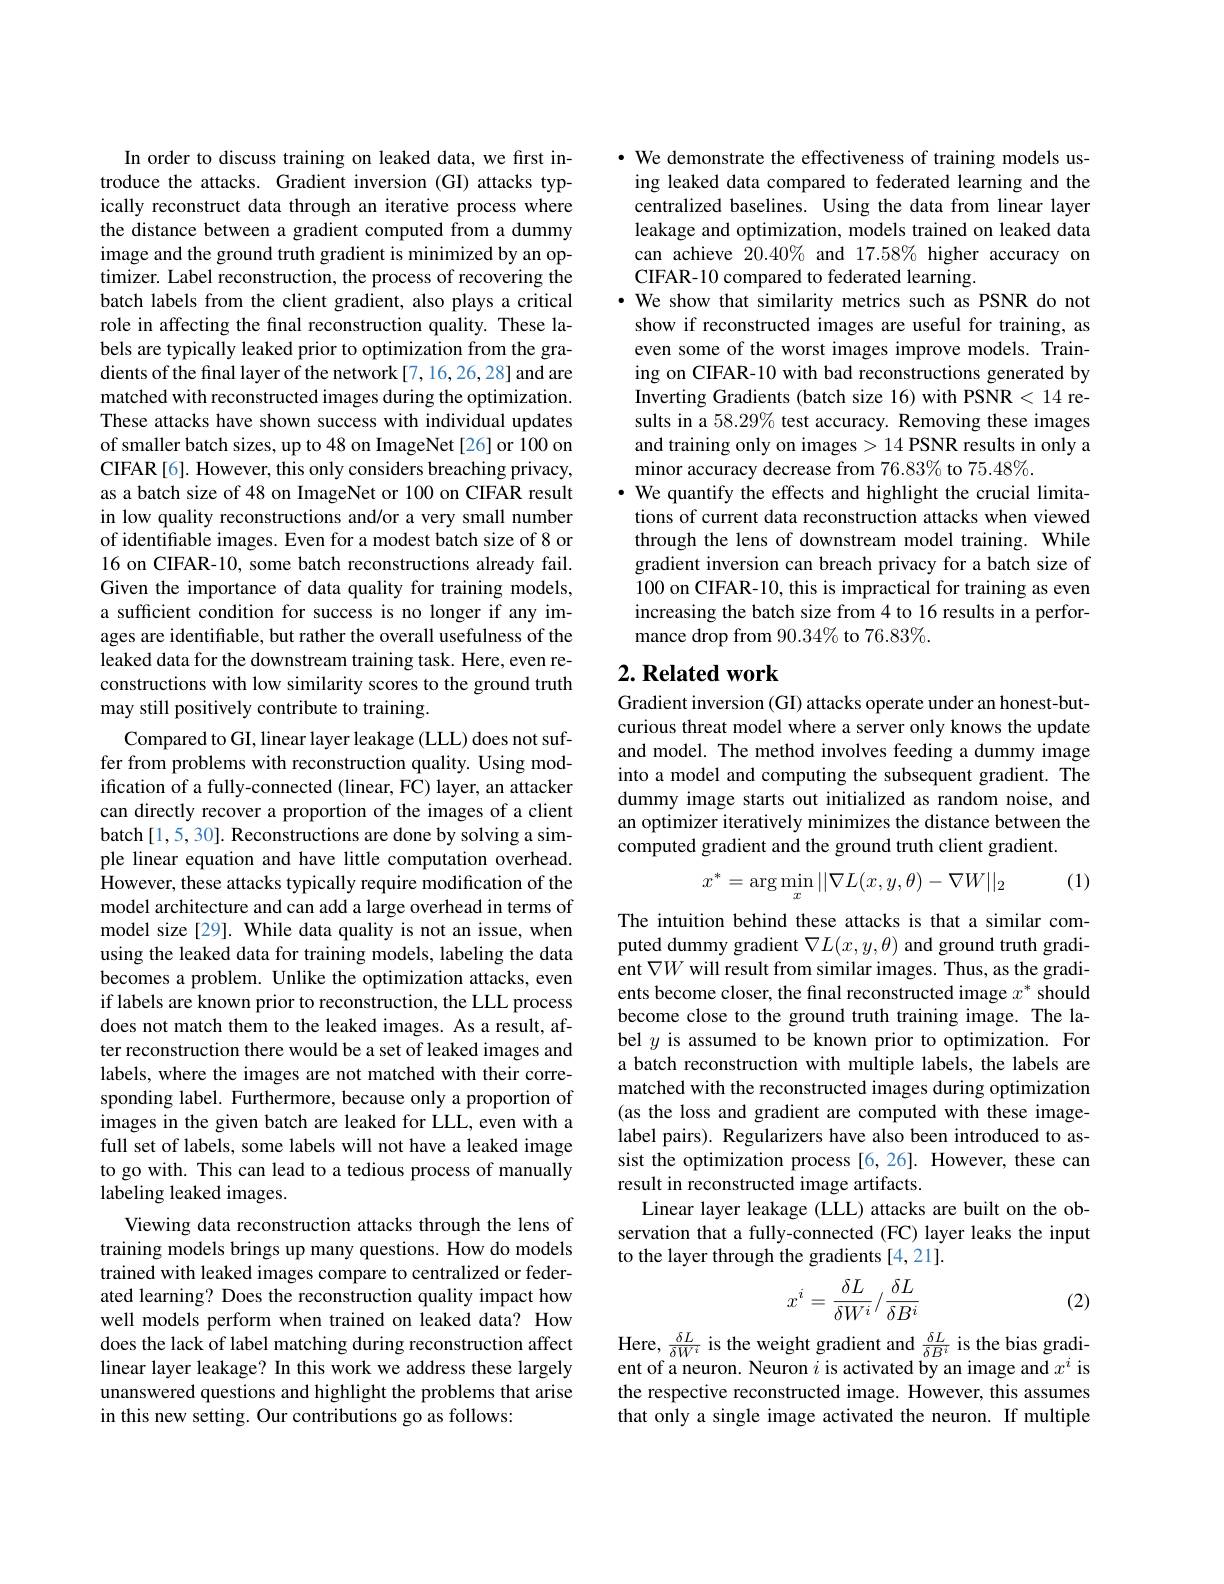
In order to discuss training on leaked data, we first introduce the attacks. Gradient inversion (GI) attacks typically reconstruct data through an iterative process where the distance between a gradient computed from a dummy image and the ground truth gradient is minimized by an optimizer. Label reconstruction, the process of recovering the batch labels from the client gradient, also plays a critical role in affecting the final reconstruction quality. These labels are typically leaked prior to optimization from the gradients of the final layer of the network [7, 16,26,28] and are matched with reconstructed images during the optimization. These attacks have shown success with individual updates of smaller batch sizes, up to 48 on ImageNet [26] or 100 on CIFAR[6]. However, this only considers breaching privacy, as a batch size of 48 on ImageNet or 100 on CIFAR result in low quality reconstructions and/or a very small number of identifiable images. Even for a modest batch size of 8 or 16 on CIFAR-10, some batch reconstructions already fail. Given the importance of data quality for training models, a sufficient condition for success is no longer if any images are identifiable, but rather the overall usefulness of the leaked data for the downstream training task. Here, even reconstructions with low similarity scores to the ground truth may still positively contribute to training.
Compared to GI, linear layer leakage (LLL) does not suffer from problems with reconstruction quality. Using modification of a fully-connected (linear, FC) layer, an attacker can directly recover a proportion of the images of a client batch [1,5,30]. Reconstructions are done by solving a simple linear equation and have little computation overhead. However, these attacks typically require modification of the model architecture and can add a large overhead in terms of model size[29]. While data quality is not an issue, when using the leaked data for training models, labeling the data becomes a problem. Unlike the optimization attacks, even if labels are known prior to reconstruction, the LLL process does not match them to the leaked images. As a result, after reconstruction there would be a set of leaked images and labels, where the images are not matched with their corresponding label. Furthermore, because only a proportion of images in the given batch are leaked for LLL, even with a full set of labels, some labels will not have a leaked image to go with. This can lead to a tedious process of manually labeling leaked images.
Viewing data reconstruction attacks through the lens of training models brings up many questions. How do models trained with leaked images compare to centralized or federated learning? Does the reconstruction quality impact how well models perform when trained on leaked data? How does the lack of label matching during reconstruction affect linear layer leakage? In this work we address these largely unanswered questions and highlight the problems that arise in this new setting. Our contributions go as follows:

· We demonstrate the effectiveness of training models using leaked data compared to federated learning and the centralized baselines. Using the data from linear layer leakage and optimization, models trained on leaked data can achieve 20.40% and 17.58% higher accuracy on CIFAR-10 compared to federated learning.
We show that similarity metrics such as PSNR do not show if reconstructed images are useful for training, as even some of the worst images improve models. Training on CIFAR-10 with bad reconstructions generated by Inverting Gradients (batch size 16) with PSNR < 14 results in a 58.29% test accuracy. Removing these images and training only on images > 14 PSNR results in only a minor accuracy decrease from 76.83% to 75.48%.
· We quantify the effects and highlight the crucial limitations of current data reconstruction attacks when viewed through the lens of downstream model training. While gradient inversion can breach privacy for a batch size of 100 on CIFAR-10, this is impractical for training as even increasing the batch size from 4 to 16 results in a performance drop from 90.34% to 76.83%.

## $2. \textbf{Related work}$

Gradient inversion (GI) attacks operate under an honest-butcurious threat model where a server only knows the update and model. The method involves feeding a dummy image into a model and computing the subsequent gradient. The dummy image starts out initialized as random noise, and an optimizer iteratively minimizes the distance between the computed gradient and the ground truth client gradient.

(1)
$$x^*=\arg\min_x||\nabla L(x,y,\theta)-\nabla W||_2$$
The intuition behind these attacks is that a similar computed dummy gradient $\nabla L(x,y,\theta)$ and ground truth gradient $\nabla W$ will result from similar images. Thus, as the gradients become closer, the final reconstructed image $x^*$ should become close to the ground truth training image. The label $y$ is assumed to be known prior to optimization. For a batch reconstruction with multiple labels, the labels are matched with the reconstructed images during optimization (as the loss and gradient are computed with these imagelabel pairs). Regularizers have also been introduced to assist the optimization process[6,26]. However, these can result in reconstructed image artifacts.
Linear layer leakage (LLL) attacks are built on the observation that a fully-connected (FC) layer leaks the input to the layer through the gradients [4,21].
$$x^i=\frac{\delta L}{\delta W^i}/\frac{\delta L}{\delta B^i}$$
(2)

Here, $\frac{\delta L}{\delta W^i}$ is the weight gradient and $\frac{\delta L}{\delta B^i}$ is the bias gradient of a neuron. Neuron $i$ is activated by an image and $x^i$ is the respective reconstructed image. However, this assumes that only a single image activated the neuron. If multiple